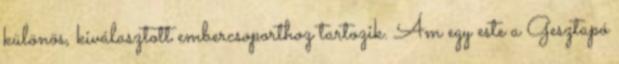
különös, kiválasztott embercsoporthoz tartozik. Ám egy este a Gesztapó